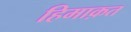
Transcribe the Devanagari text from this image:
हिमाक़त